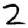
Digit: 2